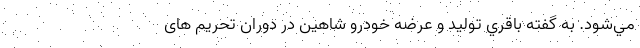
مي‌شود. به گفته باقري توليد و عرضه خودرو شاهين در دوران تحريم های